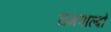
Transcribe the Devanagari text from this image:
रामवाल्दो